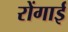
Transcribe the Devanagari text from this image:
रोंगाई